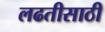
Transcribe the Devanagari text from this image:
लढतीसाठी